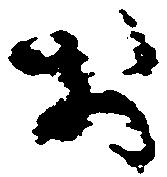
お